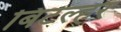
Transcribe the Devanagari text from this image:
बिटल्हर